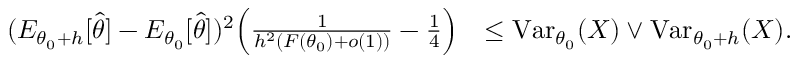
\begin{array} { r l } { ( E _ { { \theta _ { 0 } } + h } [ \widehat \theta ] - E _ { \theta _ { 0 } } [ \widehat \theta ] ) ^ { 2 } \Big ( \frac { 1 } { h ^ { 2 } ( F ( { \theta _ { 0 } } ) + o ( 1 ) ) } - \frac { 1 } { 4 } \Big ) } & { \leq \operatorname { V a r } _ { \theta _ { 0 } } ( X ) \vee \operatorname { V a r } _ { { \theta _ { 0 } } + h } ( X ) . } \end{array}